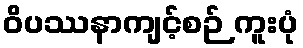
ဝိပဿနာကျင့်စဉ် ကူးပုံ